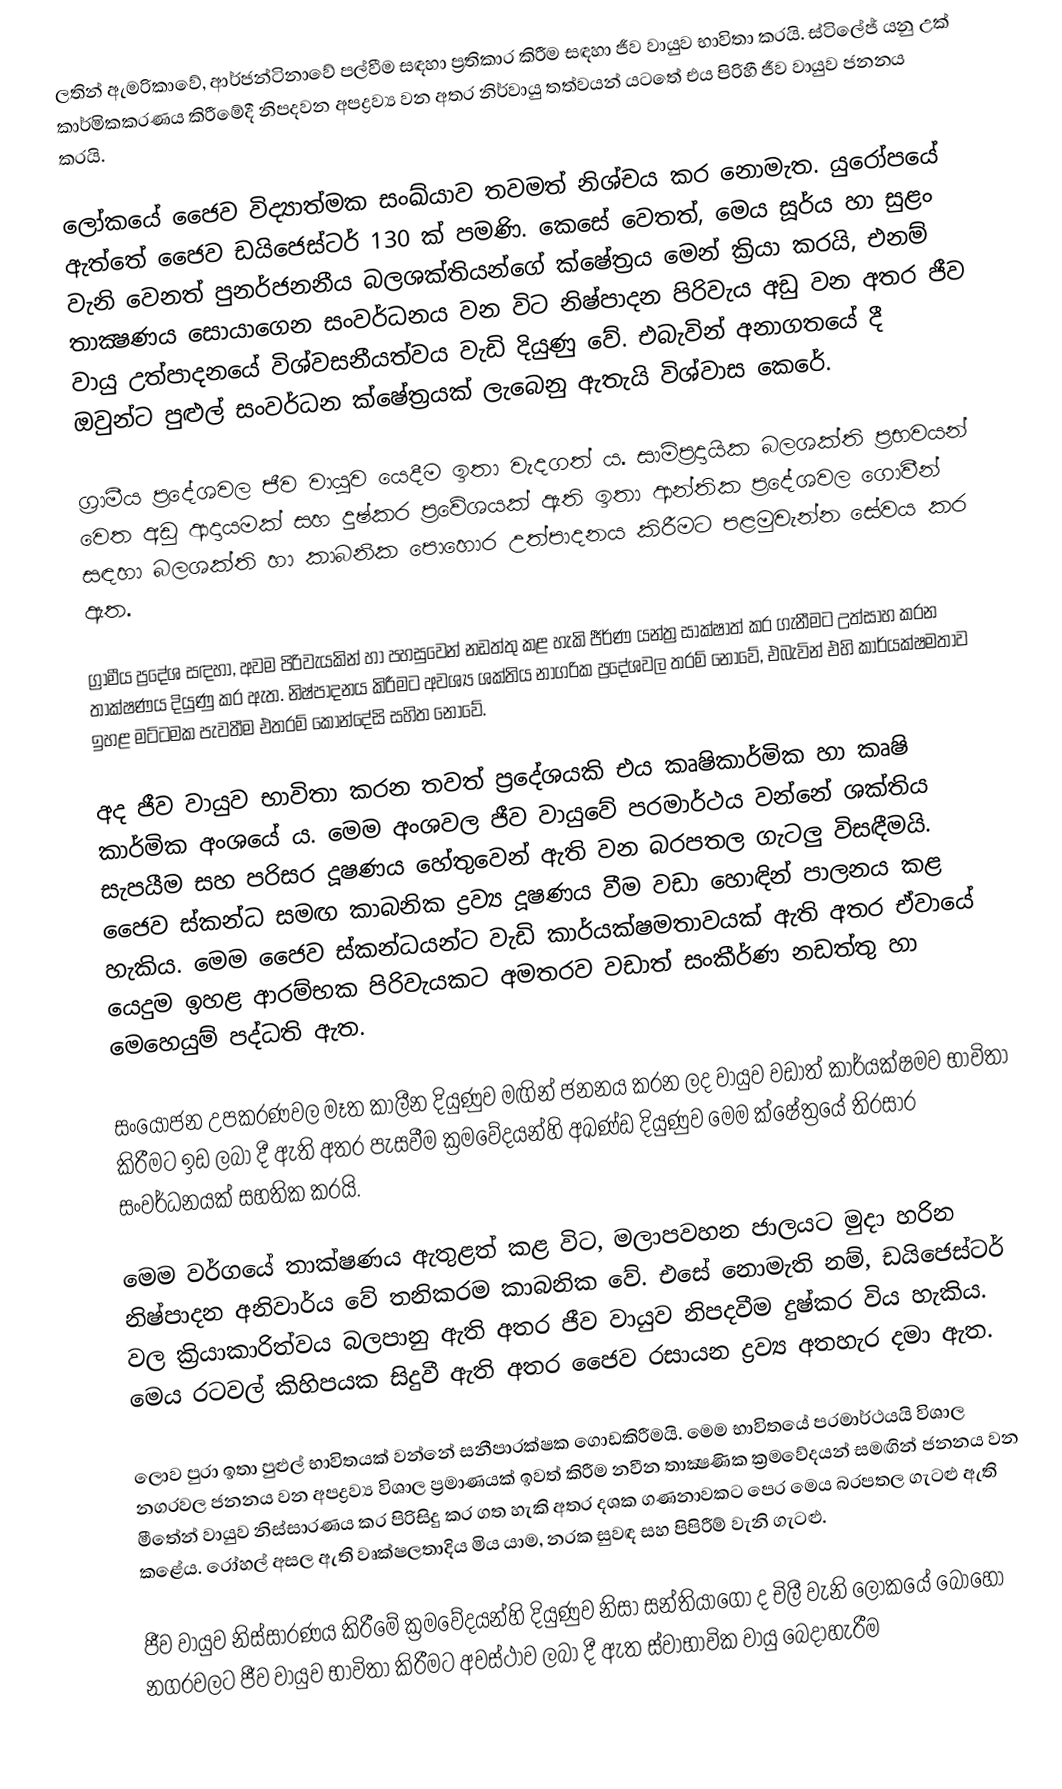
ලතින් ඇමරිකාවේ, ආර්ජන්ටිනාවේ පල්වීම සඳහා ප්‍රතිකාර කිරීම සඳහා ජීව වායුව භාවිතා කරයි. ස්ටිලේජ් යනු උක් කාර්මිකකරණය කිරීමේදී නිපදවන අපද්‍රව්‍ය වන අතර නිර්වායු තත්වයන් යටතේ එය පිරිහී ජීව වායුව ජනනය කරයි.

ලෝකයේ ජෛව විද්‍යාත්මක සංඛ්යාව තවමත් නිශ්චය කර නොමැත. යුරෝපයේ ඇත්තේ ජෛව ඩයිජෙස්ටර් 130 ක් පමණි. කෙසේ වෙතත්, මෙය සූර්ය හා සුළං වැනි වෙනත් පුනර්ජනනීය බලශක්තියන්ගේ ක්ෂේත්‍රය මෙන් ක්‍රියා කරයි, එනම් තාක්‍ෂණය සොයාගෙන සංවර්ධනය වන විට නිෂ්පාදන පිරිවැය අඩු වන අතර ජීව වායු උත්පාදනයේ විශ්වසනීයත්වය වැඩි දියුණු වේ. එබැවින් අනාගතයේ දී ඔවුන්ට පුළුල් සංවර්ධන ක්ෂේත්‍රයක් ලැබෙනු ඇතැයි විශ්වාස කෙරේ.

ග්‍රාමීය ප්‍රදේශවල ජීව වායුව යෙදීම ඉතා වැදගත් ය. සාම්ප්‍රදායික බලශක්ති ප්‍රභවයන් වෙත අඩු ආදායමක් සහ දුෂ්කර ප්‍රවේශයක් ඇති ඉතා ආන්තික ප්‍රදේශවල ගොවීන් සඳහා බලශක්ති හා කාබනික පොහොර උත්පාදනය කිරීමට පළමුවැන්න සේවය කර ඇත.

ග්‍රාමීය ප්‍රදේශ සඳහා, අවම පිරිවැයකින් හා පහසුවෙන් නඩත්තු කළ හැකි ජීර්ණ යන්ත්‍ර සාක්ෂාත් කර ගැනීමට උත්සාහ කරන තාක්ෂණය දියුණු කර ඇත. නිෂ්පාදනය කිරීමට අවශ්‍ය ශක්තිය නාගරික ප්‍රදේශවල තරම් නොවේ, එබැවින් එහි කාර්යක්ෂමතාව ඉහළ මට්ටමක පැවතීම එතරම් කොන්දේසි සහිත නොවේ.

අද ජීව වායුව භාවිතා කරන තවත් ප්‍රදේශයකි එය කෘෂිකාර්මික හා කෘෂි කාර්මික අංශයේ ය. මෙම අංශවල ජීව වායුවේ පරමාර්ථය වන්නේ ශක්තිය සැපයීම සහ පරිසර දූෂණය හේතුවෙන් ඇති වන බරපතල ගැටලු විසඳීමයි. ජෛව ස්කන්ධ සමඟ කාබනික ද්‍රව්‍ය දූෂණය වීම වඩා හොඳින් පාලනය කළ හැකිය. මෙම ජෛව ස්කන්ධයන්ට වැඩි කාර්යක්ෂමතාවයක් ඇති අතර ඒවායේ යෙදුම ඉහළ ආරම්භක පිරිවැයකට අමතරව වඩාත් සංකීර්ණ නඩත්තු හා මෙහෙයුම් පද්ධති ඇත.

සංයෝජන උපකරණවල මෑත කාලීන දියුණුව මඟින් ජනනය කරන ලද වායුව වඩාත් කාර්යක්ෂමව භාවිතා කිරීමට ඉඩ ලබා දී ඇති අතර පැසවීම ක්‍රමවේදයන්හි අඛණ්ඩ දියුණුව මෙම ක්ෂේත්‍රයේ තිරසාර සංවර්ධනයක් සහතික කරයි.

මෙම වර්ගයේ තාක්ෂණය ඇතුළත් කළ විට, මලාපවහන ජාලයට මුදා හරින නිෂ්පාදන අනිවාර්ය වේ තනිකරම කාබනික වේ. එසේ නොමැති නම්, ඩයිජෙස්ටර් වල ක්‍රියාකාරිත්වය බලපානු ඇති අතර ජීව වායුව නිපදවීම දුෂ්කර විය හැකිය. මෙය රටවල් කිහිපයක සිදුවී ඇති අතර ජෛව රසායන ද්‍රව්‍ය අතහැර දමා ඇත.

ලොව පුරා ඉතා පුළුල් භාවිතයක් වන්නේ සනීපාරක්ෂක ගොඩකිරීමයි. මෙම භාවිතයේ පරමාර්ථයයි විශාල නගරවල ජනනය වන අපද්‍රව්‍ය විශාල ප්‍රමාණයක් ඉවත් කිරීම නවීන තාක්‍ෂණික ක්‍රමවේදයන් සමඟින් ජනනය වන මීතේන් වායුව නිස්සාරණය කර පිරිසිදු කර ගත හැකි අතර දශක ගණනාවකට පෙර මෙය බරපතල ගැටළු ඇති කළේය. රෝහල් අසල ඇති වෘක්ෂලතාදිය මිය යාම, නරක සුවඳ සහ පිපිරීම් වැනි ගැටළු.

ජීව වායුව නිස්සාරණය කිරීමේ ක්‍රමවේදයන්හි දියුණුව නිසා සන්තියාගෝ ද චිලී වැනි ලෝකයේ බොහෝ නගරවලට ජීව වායුව භාවිතා කිරීමට අවස්ථාව ලබා දී ඇත ස්වාභාවික වායු බෙදාහැරීම